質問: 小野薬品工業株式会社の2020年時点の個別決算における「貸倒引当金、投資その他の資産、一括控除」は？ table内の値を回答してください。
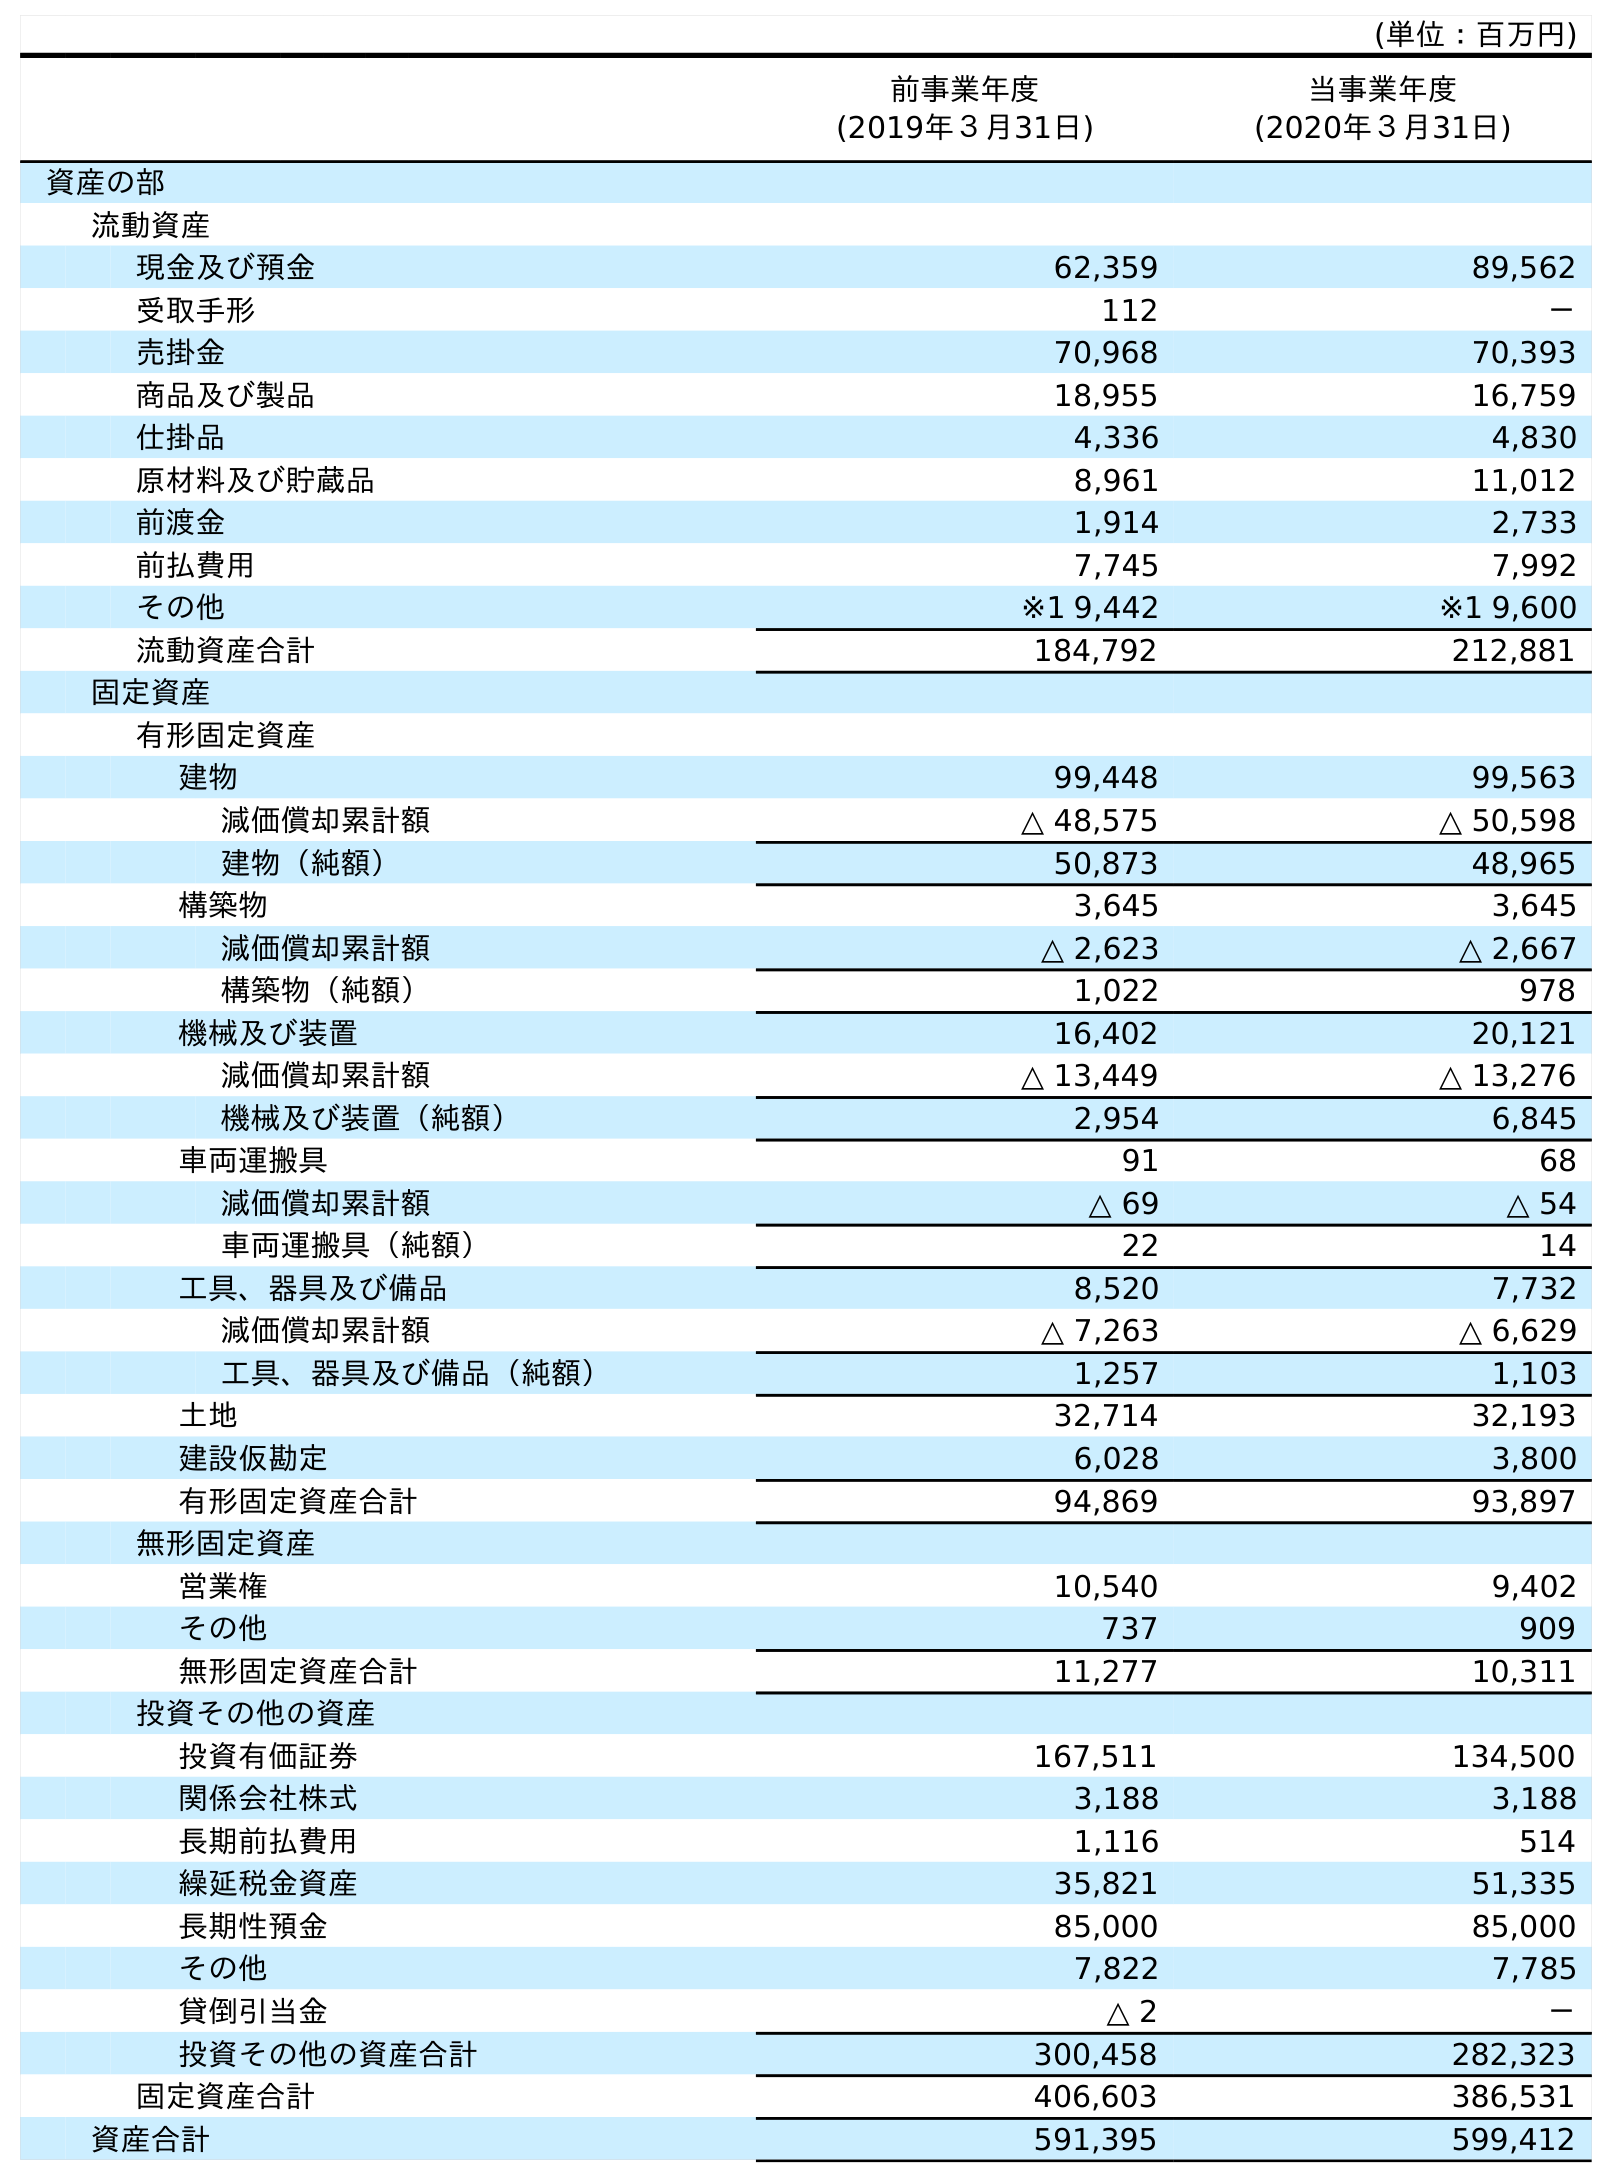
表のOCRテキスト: (単位：百万円) 前事業年度 (2019年３月31日) 当事業年度 (2020年３月31日) 資産の部 流動資産 現金及び預金 62,359 89,562 受取手形 112 － 売掛金 70,968 70,393 商品及び製品 18,955 16,759 仕掛品 4,336 4,830 原材料及び貯蔵品 8,961 11,012 前渡金 1,914 2,733 前払費用 7,745 7,992 その他 ※1 9,442 ※1 9,600 流動資産合計 184,792 212,881 固定資産 有形固定資産 建物 99,448 99,563 減価償却累計額 △ 48,575 △ 50,598 建物（純額） 50,873 48,965 構築物 3,645 3,645 減価償却累計額 △ 2,623 △ 2,667 構築物（純額） 1,022 978 機械及び装置 16,402 20,121 減価償却累計額 △ 13,449 △ 13,276 機械及び装置（純額） 2,954 6,845 車両運搬具 91 68 減価償却累計額 △ 69 △ 54 車両運搬具（純額） 22 14 工具、器具及び備品 8,520 7,732 減価償却累計額 △ 7,263 △ 6,629 工具、器具及び備品（純額） 1,257 1,103 土地 32,714 32,193 建設仮勘定 6,028 3,800 有形固定資産合計 94,869 93,897 無形固定資産 営業権 10,540 9,402 その他 737 909 無形固定資産合計 11,277 10,311 投資その他の資産 投資有価証券 167,511 134,500 関係会社株式 3,188 3,188 長期前払費用 1,116 514 繰延税金資産 35,821 51,335 長期性預金 85,000 85,000 その他 7,822 7,785 貸倒引当金 △ 2 － 投資その他の資産合計 300,458 282,323 固定資産合計 406,603 386,531 資産合計 591,395 599,412
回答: －